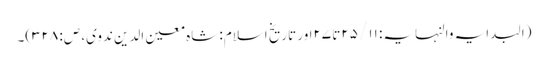
(البدایہ والنہایہ: ۱۱/ ۲۵تا ۲۷اور تاریخ اسلام: شاہ معین الدین ندوی، ص: ۳۲۸)۔